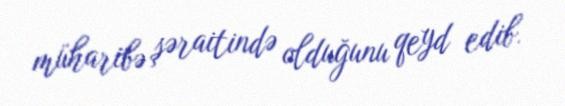
müharibə şəraitində olduğunu qeyd edib.